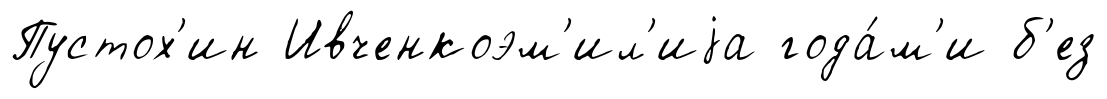
Пустох'ин Ивченкоэм'ил'иjа года́м'и б'ез